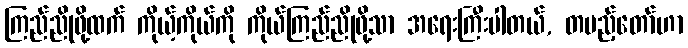
ကြည်ညိုဖို့ထက် ကိုယ့်ကိုယ်ကို ကိုယ်ကြည်ညိုဖို့သာ အရေးကြီးပါတယ်, တပည့်တော်ဟာ